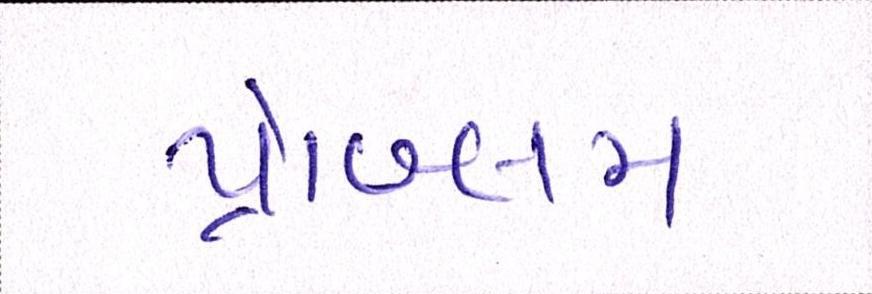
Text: પ્રૉબ્લમ